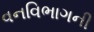
વનવિભાગની